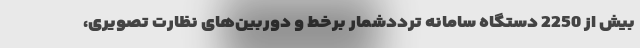
بیش از 2250 دستگاه سامانه ترددشمار برخط و دوربین‌های نظارت تصویری،